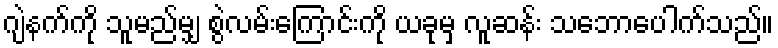
ဂျဲနက်ကို သူမည်မျှ စွဲလမ်းကြောင်းကို ယခုမှ လူဆန်း သဘောပေါက်သည်။